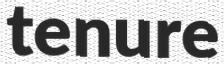
tenure